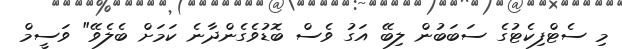
މި ސެޓްފިކެޓުގެ ސަބަބުން ލިބޭ އަގު ވެސް ބޮޑުވެގެންދާނެ ކަމަށް ބެލެވޭ" ވަސީމް